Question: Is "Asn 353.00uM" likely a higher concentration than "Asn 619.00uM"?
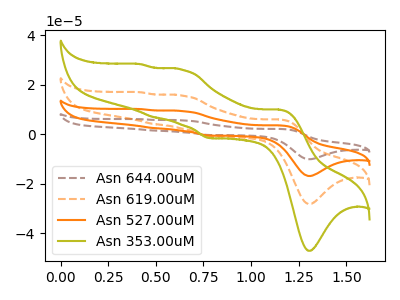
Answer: <think>The brown dashed curve "Asn 644.00uM" has anodic peaks at (1.15V, 17.80uA) (0.65V, 46.85uA) (0.50V, 12.40uA) (0.40V, 50.85uA) and cathodic peaks at (1.30V, -84.75uA) (0.80V, -2.85uA). The orange dashed curve "Asn 619.00uM" has anodic peaks at (1.15V, 5.95uA) (0.65V, 15.60uA) (0.50V, 4.15uA) (0.40V, 16.95uA) and cathodic peaks at (1.30V, -28.25uA) (0.80V, -0.95uA). The orange curve "Asn 527.00uM" has anodic peaks at (1.15V, 11.85uA) (0.65V, 31.25uA) (0.50V, 8.25uA) (0.40V, 33.90uA) and cathodic peaks at (1.30V, -56.50uA) (0.80V, -1.90uA). The olive curve "Asn 353.00uM" has anodic peaks at (1.15V, 9.90uA) (0.65V, 26.10uA) (0.50V, 6.90uA) (0.40V, 28.30uA) and cathodic peaks at (1.30V, -47.15uA) (0.80V, -1.60uA).
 All the peaks in "Asn 353.00uM" have a peak in "Asn 619.00uM" at the same potential. Every peak in "Asn 353.00uM" is higher than every peak in "Asn 619.00uM".</think>
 <answer>"Asn 353.00uM" has more signal than "Asn 619.00uM".</answer>
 <eval>more_signal</eval>